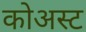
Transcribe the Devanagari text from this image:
कोअस्ट